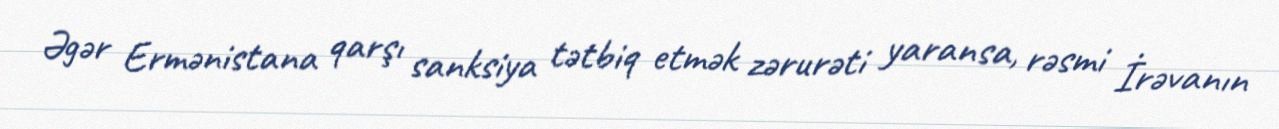
Əgər Ermənistana qarşı sanksiya tətbiq etmək zərurəti yaransa, rəsmi İrəvanın